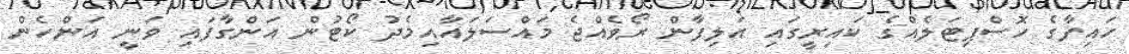
ހައިފާގެ ހޮސްޕިޓަލެއްގެ ކައިރީގައި އަލިފާން ރޯވެއްޖެ މައްސަލައާއިމެދު ކޯޓުން އަންގާފައި ވަނީ އަންހެން